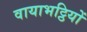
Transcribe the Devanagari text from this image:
वायाभट्ठियों